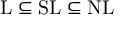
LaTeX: \mathrm { L } \subseteq \mathrm { S L } \subseteq \mathrm { N L }